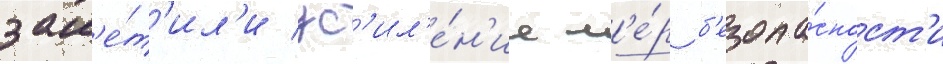
зам'е́т'ил'и ус'ил'е́н'ие м'е́р б'езопа́сност'и